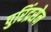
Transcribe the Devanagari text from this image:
पुरिंद्रसेन